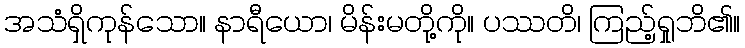
အသံရှိကုန်သော။ နာရီယော၊ မိန်းမတို့ကို။ ပဿတိ၊ ကြည့်ရှုဘိ၏။